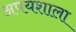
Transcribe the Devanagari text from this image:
अपयशाला